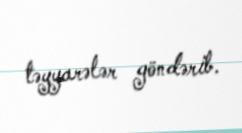
təyyarələr göndərib.